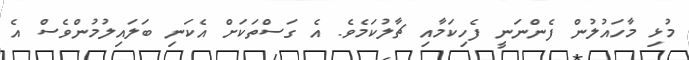
މުޅި މާހައުލުން ފެންނަނީ ފެހިކަމާއި ޗާލުކަމެވެ. އެ ގަސްތަކަށް އެކަނި ބަލައިލުމުންވެސް އެ